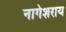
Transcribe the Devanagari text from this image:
नागेशराय